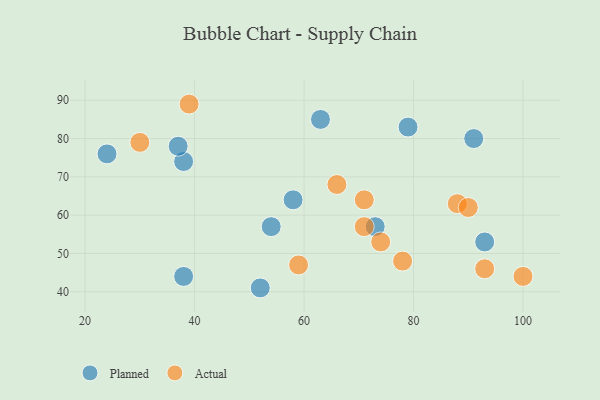
{"axis": {"x": "GDP", "y": "Life Expectancy"}, "legend": ["Actual", "Planned"], "data": [{"x": "38", "y": 74, "type": "Planned"}, {"x": "38", "y": 44, "type": "Planned"}, {"x": "91", "y": 80, "type": "Planned"}, {"x": "79", "y": 83, "type": "Planned"}, {"x": "37", "y": 78, "type": "Planned"}, {"x": "54", "y": 57, "type": "Planned"}, {"x": "24", "y": 76, "type": "Planned"}, {"x": "58", "y": 64, "type": "Planned"}, {"x": "52", "y": 41, "type": "Planned"}, {"x": "73", "y": 57, "type": "Planned"}, {"x": "93", "y": 53, "type": "Planned"}, {"x": "63", "y": 85, "type": "Planned"}, {"x": "71", "y": 64, "type": "Actual"}, {"x": "66", "y": 68, "type": "Actual"}, {"x": "88", "y": 63, "type": "Actual"}, {"x": "30", "y": 79, "type": "Actual"}, {"x": "39", "y": 89, "type": "Actual"}, {"x": "100", "y": 44, "type": "Actual"}, {"x": "78", "y": 48, "type": "Actual"}, {"x": "90", "y": 62, "type": "Actual"}, {"x": "59", "y": 47, "type": "Actual"}, {"x": "71", "y": 57, "type": "Actual"}, {"x": "93", "y": 46, "type": "Actual"}, {"x": "74", "y": 53, "type": "Actual"}]}